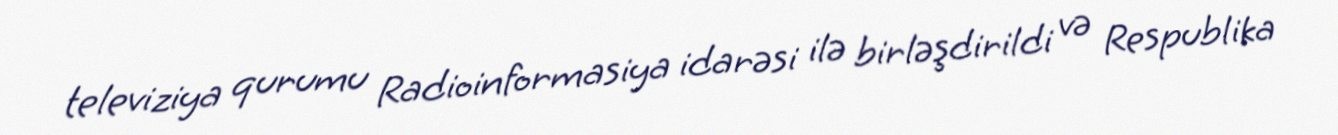
televiziya qurumu Radioinformasiya idarəsi ilə birləşdirildi və Respublika